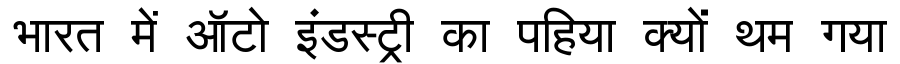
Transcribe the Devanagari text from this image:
भारत में ऑटो इंडस्ट्री का पहिया क्यों थम गया